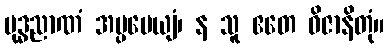
ဗုဒ္ဓညာဏံ အပ္ပမေယျံ၊ န သူ ဧတေ ဝိဇာနိတုံ။